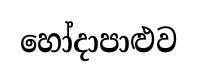
හෝදාපාළුව